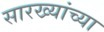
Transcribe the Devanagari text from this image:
सारख्यांच्या